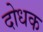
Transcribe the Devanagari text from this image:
दोधक